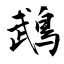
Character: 鵡